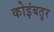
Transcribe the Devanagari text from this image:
कोइंबतुर